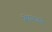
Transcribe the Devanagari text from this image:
सिद्धांताद्वारे